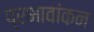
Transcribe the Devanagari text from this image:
प्रभावांकन